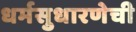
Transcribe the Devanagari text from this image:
धर्मसुधारणेची